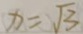
x = \sqrt { 3 }